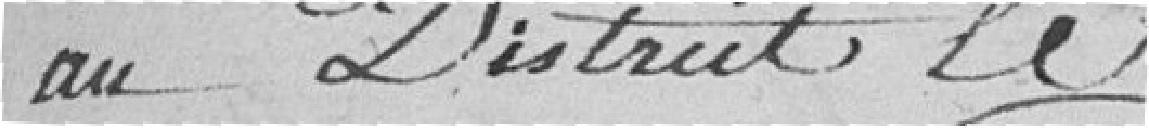
au District le